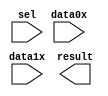
module lpm_mux_8bit (
	data0x,
	data1x,
	sel,
	result);

	input	[7:0]  data0x;
	input	[7:0]  data1x;
	input	  sel;
	output	[7:0]  result;

endmodule